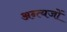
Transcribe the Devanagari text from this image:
अन्त्यजों